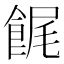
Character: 䬿